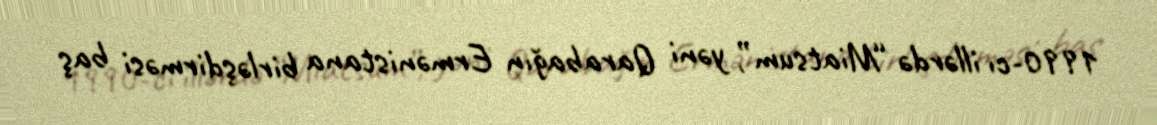
1990-cı illərdə “Miatsum”, yəni Qarabağın Ermənistana birləşdirməsi baş